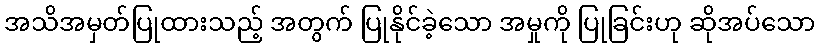
အသိအမှတ်ပြုထားသည့် အတွက် ပြုနိုင်ခဲ့သော အမှုကို ပြုခြင်းဟု ဆိုအပ်သော